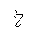
Letter: _kha